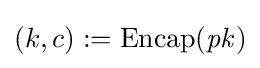
(k,c):=\operatorname {Encap} ({\mathit {pk}})